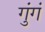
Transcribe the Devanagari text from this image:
गुंगं